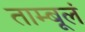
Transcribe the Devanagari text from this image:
ताम्बूलं